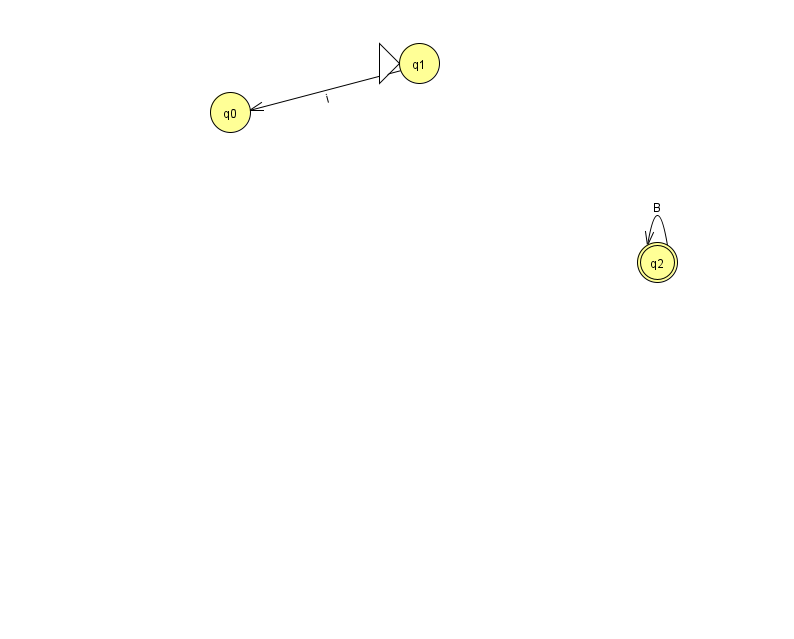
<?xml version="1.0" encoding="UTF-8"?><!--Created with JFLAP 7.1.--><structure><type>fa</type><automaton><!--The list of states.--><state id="0" name="q0"><x>230.0</x><y>99.0</y></state><state id="1" name="q1"><x>419.0</x><y>50.0</y><initial/></state><state id="2" name="q2"><x>657.0</x><y>249.0</y><final/></state><!--The list of transitions.--><transition><from>2</from><to>2</to><read>B</read></transition><transition><from>1</from><to>0</to><read>i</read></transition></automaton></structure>